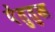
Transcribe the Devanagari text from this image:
पेंतुतुख